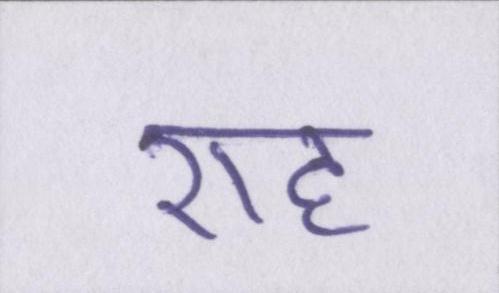
राह